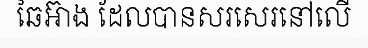
ឆៃអ៊ាង ដែលបានសរសេរនៅលើ